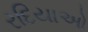
રદિયાઓ